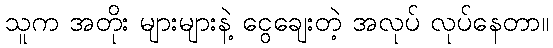
သူက အတိုး များများနဲ့ ငွေချေးတဲ့ အလုပ် လုပ်နေတာ။